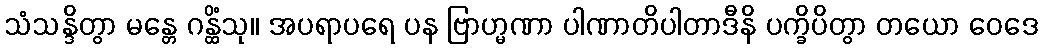
သံသန္ဒိတွာ မန္တေ ဂန္ထိံသု။ အပရာပရေ ပန ဗြာဟ္မဏာ ပါဏာတိပါတာဒီနိ ပက္ခိပိတွာ တယော ဝေဒေ